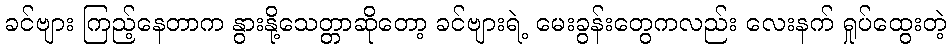
ခင်ဗျား ကြည့်နေတာက နွားနို့သေတ္တာဆိုတော့ ခင်ဗျားရဲ့ မေးခွန်းတွေကလည်း လေးနက် ရှုပ်ထွေးတဲ့